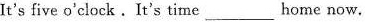
It's five o'clock.It's time___home now.